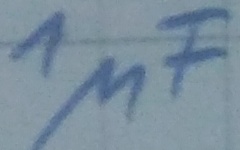
Text: 1µF